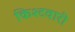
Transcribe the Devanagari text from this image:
किश्टवारी